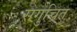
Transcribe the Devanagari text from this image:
सगुचित